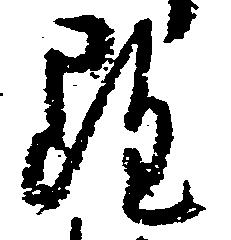
雖